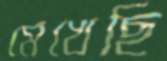
মেখেছি